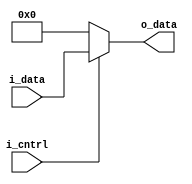
`timescale 1ns / 1ps
//////////////////////////////////////////////////////////////////////////////////
// Company: 
// Engineer: 
// 
// Design Name: 
// Module Name: mux
// Project Name: 
// Target Devices: 
// Tool Versions: 
// Description: 
// 
// Dependencies: 
// 
// Revision:
// Revision 0.01 - File Created
// Additional Comments:
// 
//////////////////////////////////////////////////////////////////////////////////


module mux(
input  i_cntrl,
input [23:0] i_data,
output [23:0] o_data
    );
    
assign o_data = (i_cntrl == 1)? i_data : 24'h000000;    
    
endmodule